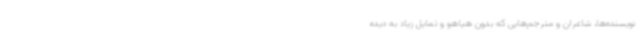
نویسنده‌ها، شاعران و مترجم‌هایی که بدون هیاهو و تمایل زیاد به دیده